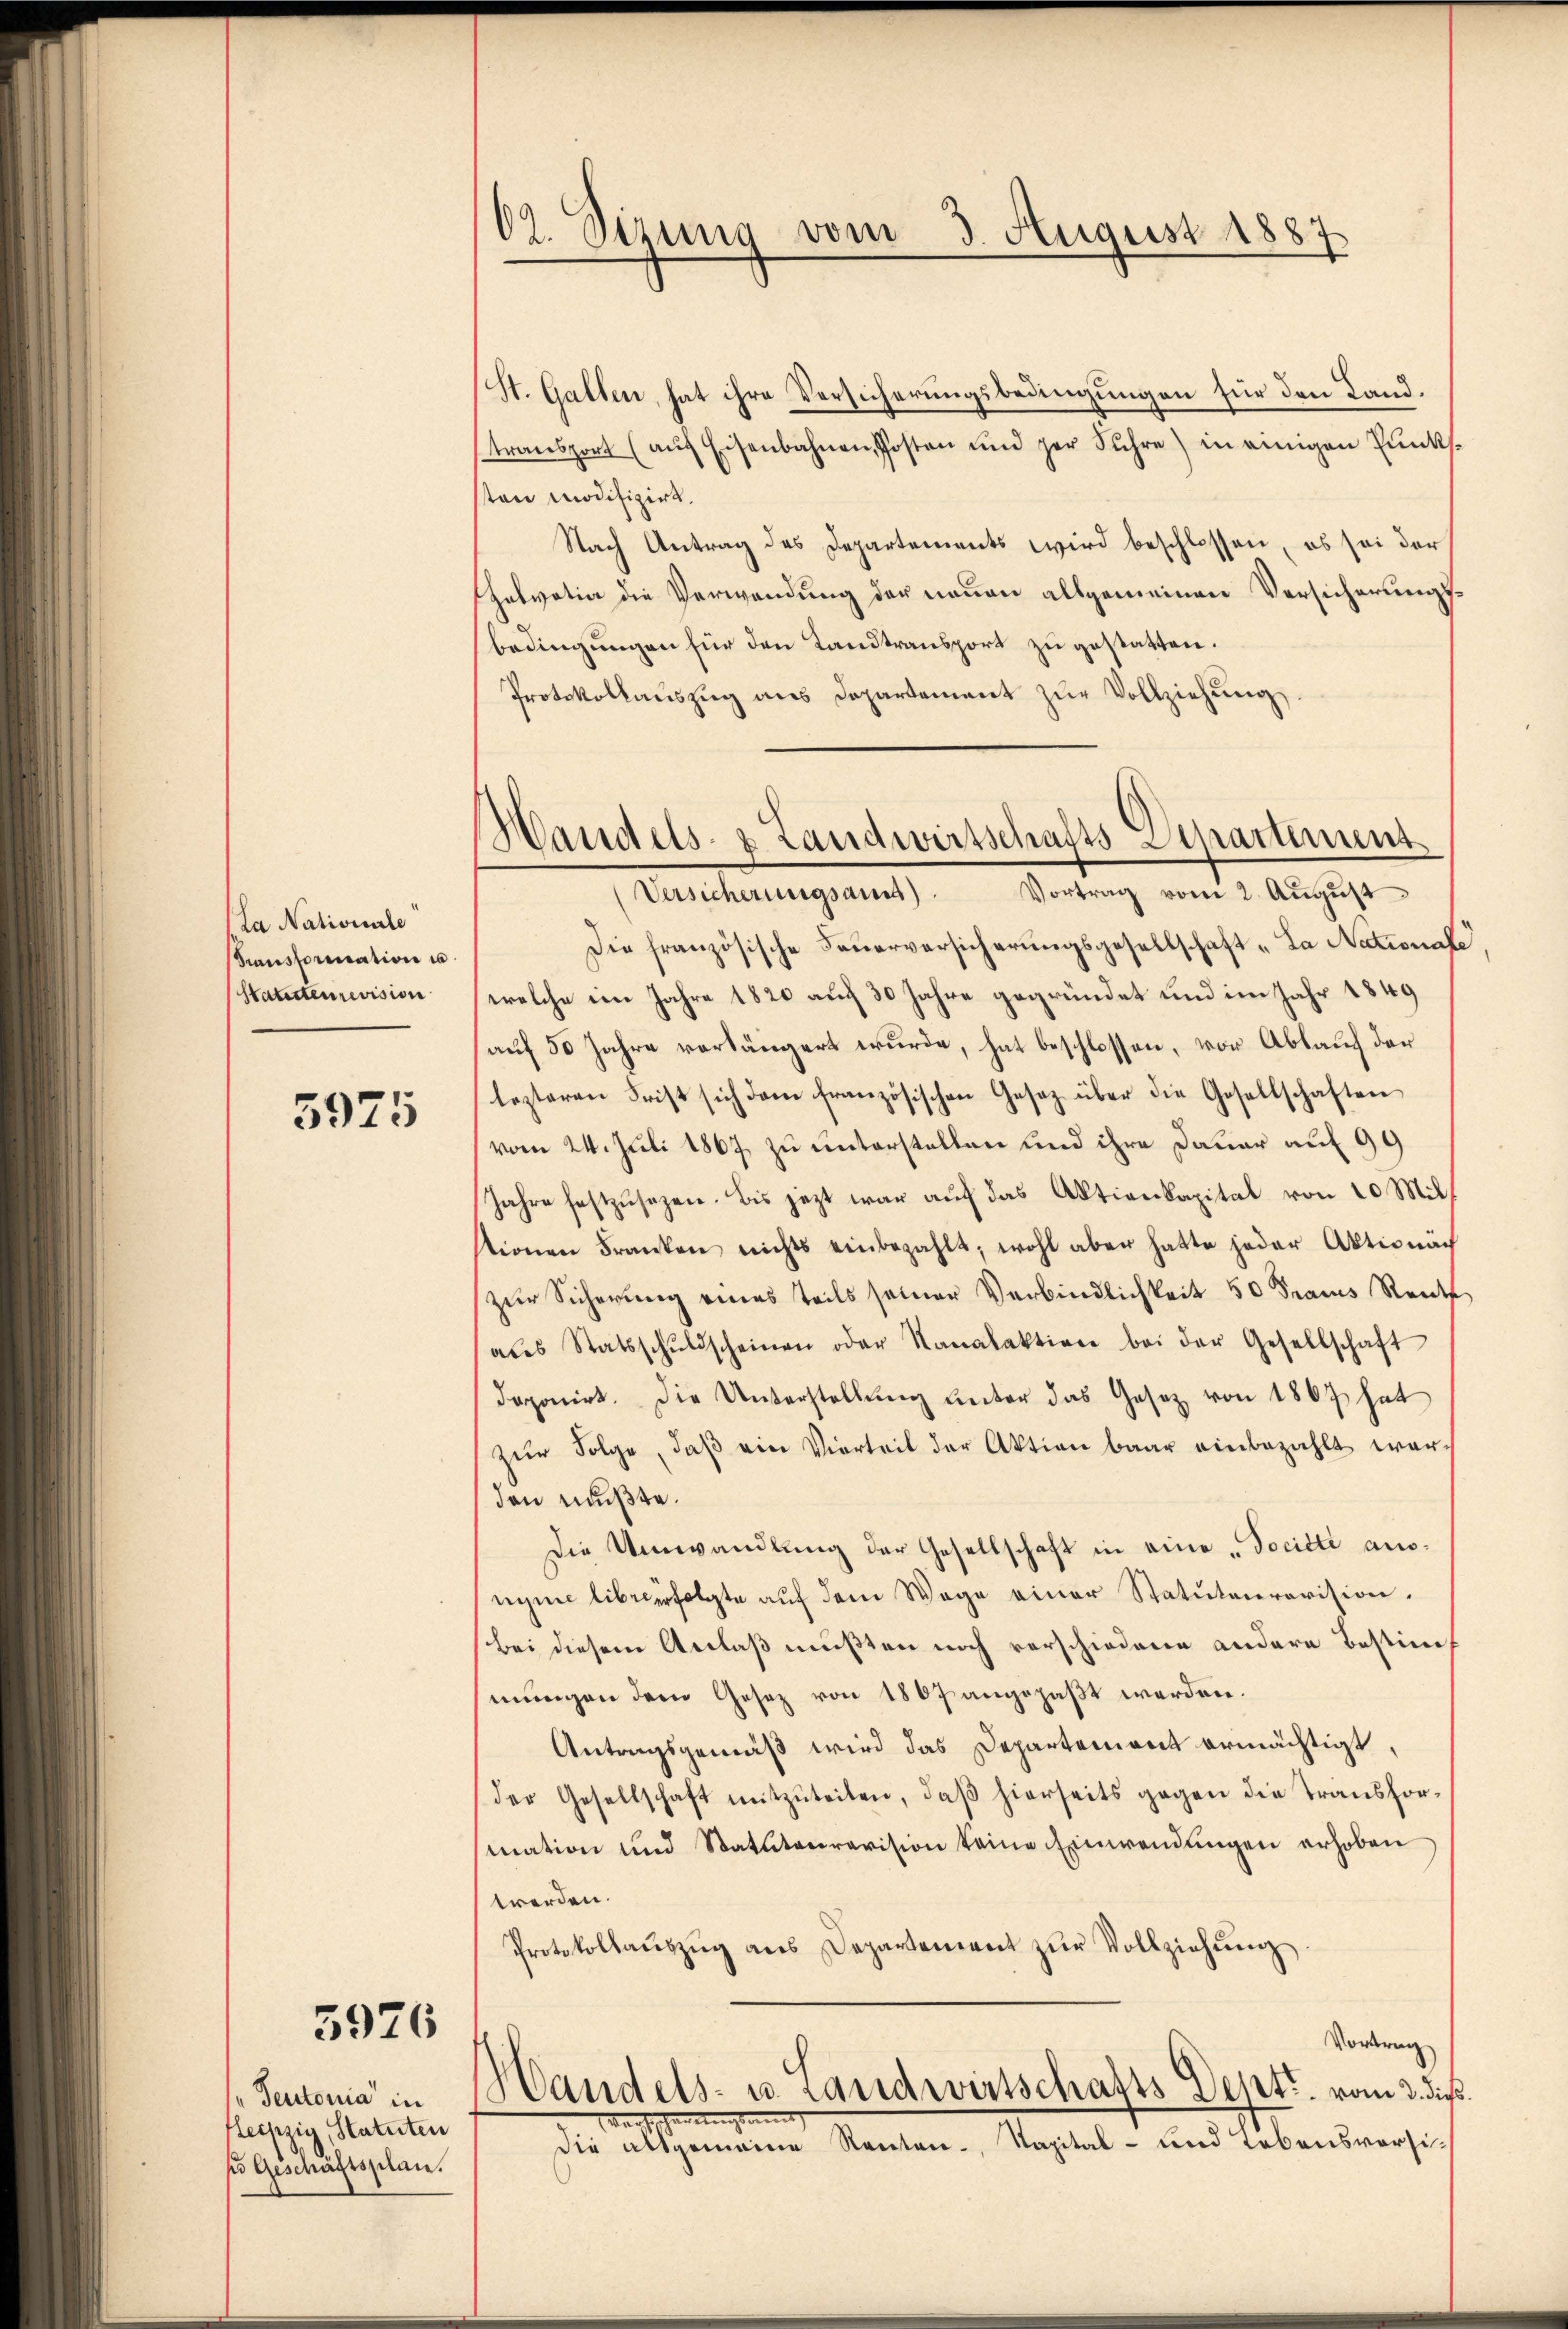
La Nationale
Transformation u.
Statuteurevision

5975

5926

Teutonia" in
Heipzig, Statuten
so Geschäftsplan.

02. Sizung vom 3. August 1887

St. Gallen, hat ihre Versicherungsbedingungen für den Landtransport (aŭf Eisenbahnen Posten und der Sŭhre) in einigen Pŭnks.
ten modifizirt.
Nach Antrag des Departements wird beschlossen, es sei der
Helvetia die Verwendung der neuen allgemeinen Versicherungsbedingungen für den Landtransport zu gestatten.
Protokollauszug aus Departement zŭr Vollziehung
Die französische Feŭerversicherungsgesellschaft „La National
welche im Jahre 1820 auch 30 Jahre gegründet und im Jahr 1849
auf 50 Jahre vorlängert wurde, hat beschlossen, vor Ablauch der
lezteren Frist sich dem französischen Gesetz über die Gesellschaften
vom 24. Juli 1867 zu unterstellen und ihre Dauer auf 99
Jahre festzŭsezen. Bis jetzt war auf das Aktienkapital von 20 Mitstionen Franken nichts einbezahlt, wohl aber hatte jeder Aktionäch
zur Sicherung eines teils seiner Verbindlichkeit 50 Traus Rents
aŭs Statsschŭldscheinen oder Kanalaktion bei der Gesellschaft
doponirt. Die Unterstellŭng ŭnter das Gesetz von 1807 hat
zŭr Folge, daβ ein Vierteil der Aktion baar einbezahlt war-
den mußte.
Die Umwandlung der Gesellschaft in eine „Socitti ausnyme liberfolgte auf dem Wege einer Statutenravision.
bei diesem Anlaß mußten noch verschiedene andern bestim
mungen dem Gesez von 180f angepaßt werden.
Antragsgemäß wird das Departement ermächtigt,
(der Gesellschaft mitzŭteilen, daβ hierseits gegen die Transformation und Statutenrevision keine Einwendŭngen erhoben
werden.
Protokollaŭszŭg ans Departement zŭr Vollziehŭng
Vortrag
Handels- u. Landwirtschafts-Dept. vom 3. die
ungsam |
e
die altgemeine Renten- Kapital- und Lebensversi¬

Handels- & Landwirtschafts Diparunt
Versicherungsames. Vortrag vom 2. Aŭgŭst